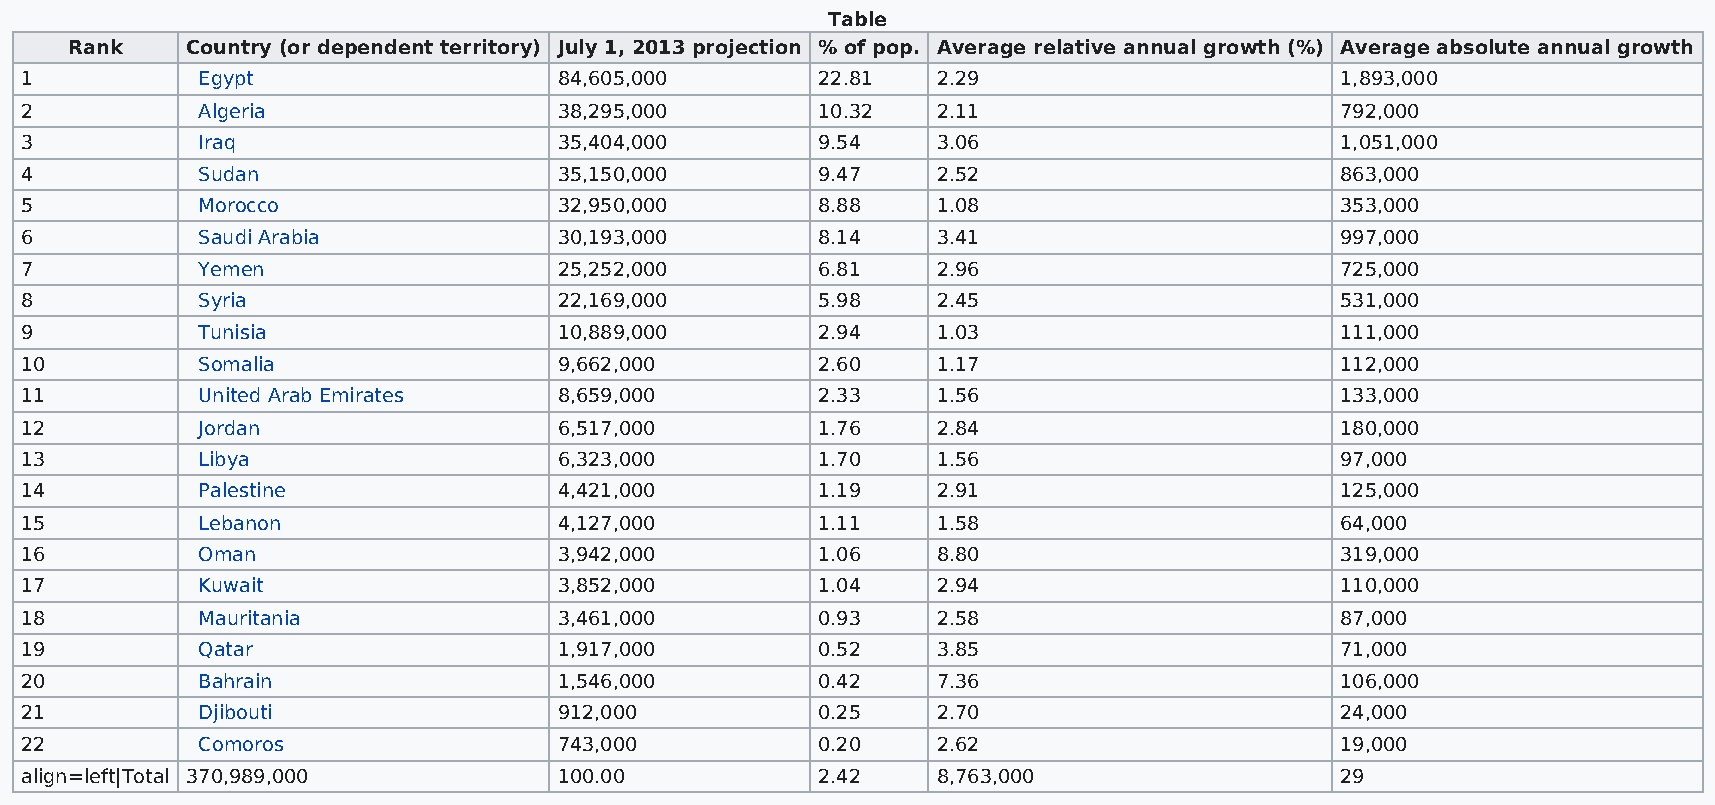
Table
 Rank   Country (or dependent territory) July 1, 2013 projection % of pop. Average relative annual growth (%) Average absolute annual growth
 1           Egypt                   84,605,000       22.81   2.29                       1,893,000
 2           Algeria                 38,295,000       10.32   2.11                       792,000
 3           Iraq                    35,404,000       9.54    3.06                       1,051,000
 4           Sudan                   35,150,000       9.47    2.52                       863,000
 5           Morocco                 32,950,000       8.88    1.08                       353,000
 6           Saudi Arabia            30,193,000       8.14    3.41                       997,000
 7           Yemen                   25,252,000       6.81    2.96                       725,000
 8           Syria                   22,169,000       5.98    2.45                       531,000
 9           Tunisia                 10,889,000       2.94    1.03                       111,000
 10          Somalia                 9,662,000        2.60    1.17                       112,000
 11          United Arab Emirates    8,659,000        2.33    1.56                       133,000
 12          Jordan                  6,517,000        1.76    2.84                       180,000
 13          Libya                   6,323,000        1.70    1.56                       97,000
 14          Palestine               4,421,000        1.19    2.91                       125,000
 15          Lebanon                 4,127,000        1.11    1.58                       64,000
 16          Oman                    3,942,000        1.06    8.80                       319,000
 17          Kuwait                  3,852,000        1.04    2.94                       110,000
 18          Mauritania              3,461,000        0.93    2.58                       87,000
 19          Qatar                   1,917,000        0.52    3.85                       71,000
 20          Bahrain                 1,546,000        0.42    7.36                       106,000
 21          Djibouti                912,000          0.25    2.70                       24,000
 22          Comoros                 743,000          0.20    2.62                       19,000
 align=left|Total 370,989,000        100.00           2.42    8,763,000                  29